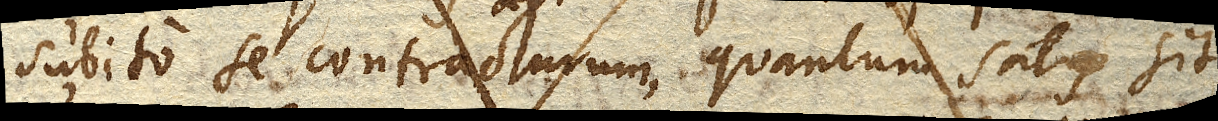
subito se contracturum, quantum satis sit